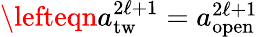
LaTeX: \begin{array}{rlr}{\lefteqn{a_{\mathrm{tw}}^{2\ell+1}=a_{\mathrm{open}}^{2\ell+1}}}\end{array}